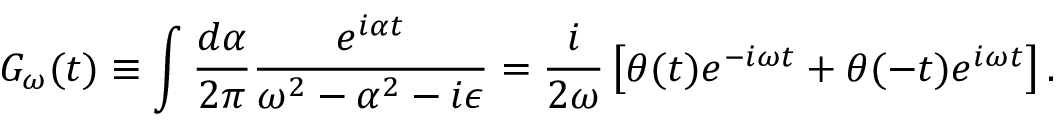
G _ { \omega } ( t ) \equiv \int \frac { d \alpha } { 2 \pi } \frac { e ^ { i \alpha t } } { \omega ^ { 2 } - \alpha ^ { 2 } - i \epsilon } = \frac { i } { 2 \omega } \left[ \theta ( t ) e ^ { - i \omega t } + \theta ( - t ) e ^ { i \omega t } \right] .